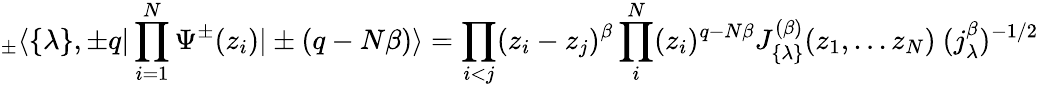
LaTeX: _\pm\langle\{ \lambda\} ,\pm q|\prod_{i=1}^{N}\Psi^{\pm}(z_{i})|\pm(q-N\beta)\rangle=\prod_{i<j}(z_{i}-z_{j})^{\beta}\prod_{i}^{N}(z_{i})^{q-N\beta}J_{\{ \lambda\} }^{(\beta)}(z_{1},...z_{N})\ (j_{\lambda}^{\beta})^{-1/2}